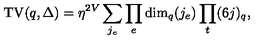
\mathrm { T V } ( q , \Delta ) = \eta ^ { 2 V } \sum _ { j _ { e } } \prod _ { e } \mathrm { d i m } _ { q } ( j _ { e } ) \prod _ { t } ( 6 j ) _ { q } ,